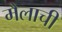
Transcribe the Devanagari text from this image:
मैलाची